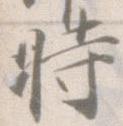
時